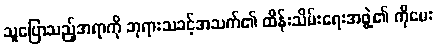
သူပြောသည့်အရာကို ဘုရားသခင့်အသက်၏ ထိန်းသိမ်းရေးအဖွဲ့၏ ကိုမေး